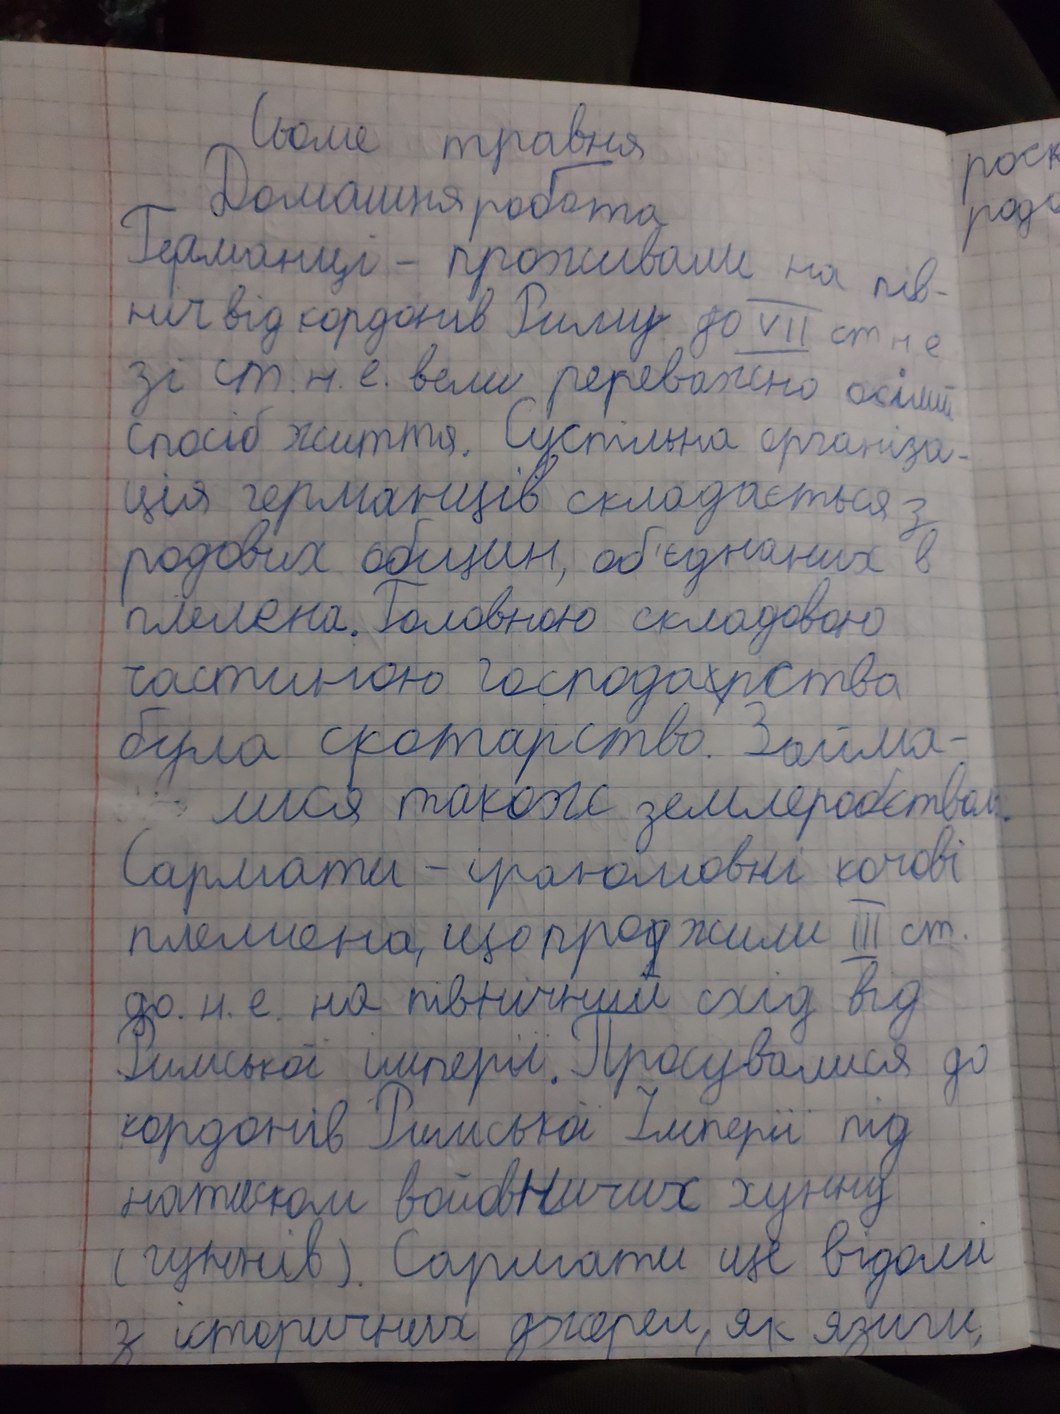
Сьоме травня
роск
Домашня робота
родо
Германці -  проживали на пів-
ніж від кордонів Риму до VII ст н е
зі ст. н. е. вели переважно осілий
спосіб життя. Суспільна організа-
ція германців складається з
родових общин, об'єднаних в
племена. Головною складовою
частиною господа~~с~~рства
була скотарство.  Займа -
лися також землеробством
Сармати - іраномовні кочові
племена, що про~~д~~жили ІІІ ст.
до. н.е. на північний схід від
Римської Імперії. Просувалися до
кордонів Ромської Імперії під
натиском войовничих хунну
(гуннів). Сармати ще відомі
з історичних джерел, як язиги,